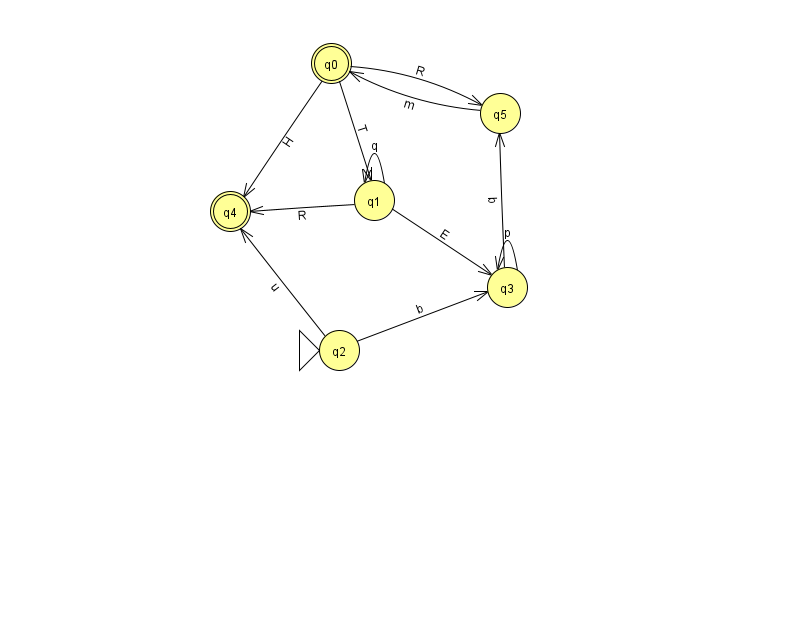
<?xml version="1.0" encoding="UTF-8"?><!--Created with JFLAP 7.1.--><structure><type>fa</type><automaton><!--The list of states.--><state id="0" name="q0"><x>331.0</x><y>50.0</y><final/></state><state id="1" name="q1"><x>374.0</x><y>187.0</y></state><state id="2" name="q2"><x>339.0</x><y>337.0</y><initial/></state><state id="3" name="q3"><x>507.0</x><y>274.0</y></state><state id="4" name="q4"><x>230.0</x><y>198.0</y><final/></state><state id="5" name="q5"><x>500.0</x><y>100.0</y></state><!--The list of transitions.--><transition><from>3</from><to>3</to><read>p</read></transition><transition><from>0</from><to>4</to><read>H</read></transition><transition><from>1</from><to>1</to><read>q</read></transition><transition><from>1</from><to>3</to><read>E</read></transition><transition><from>3</from><to>5</to><read>b</read></transition><transition><from>5</from><to>0</to><read>m</read></transition><transition><from>1</from><to>4</to><read>R</read></transition><transition><from>2</from><to>3</to><read>b</read></transition><transition><from>2</from><to>4</to><read>u</read></transition><transition><from>0</from><to>1</to><read>T</read></transition><transition><from>0</from><to>5</to><read>R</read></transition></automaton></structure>